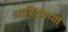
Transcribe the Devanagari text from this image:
आस्ट्रियायी